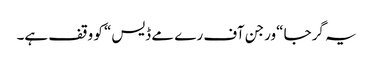
یہ گرجا “ورجن آف رے مے ڈیس“ کو وقف ہے۔